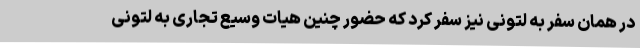
در همان سفر به لتونی نیز سفر کرد که حضور چنین هیات وسیع تجاری به لتونی